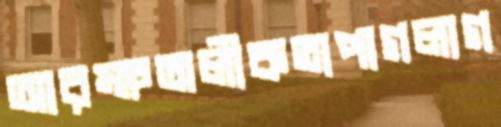
আরক্ষঅলীকতাপাগলাগ